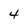
Character: 4